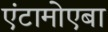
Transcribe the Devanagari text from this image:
एंटामोएबा